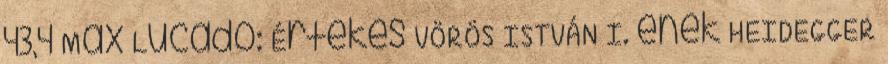
43,4 Max Lucado: Értékes VÖRÖS ISTVÁN I. ének HEIDEGGER